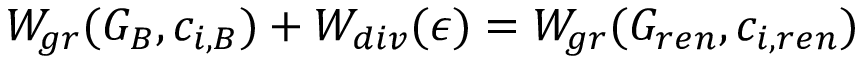
W _ { g r } ( G _ { B } , c _ { i , B } ) + W _ { d i v } ( \epsilon ) = W _ { g r } ( G _ { r e n } , c _ { i , r e n } )